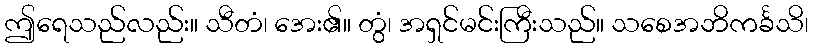
ဤရေသည်လည်း။ သီတံ၊ အေး၏။ တွံ၊ အရှင်မင်းကြီးသည်။ သစေအဘိကင်္ခသိ၊